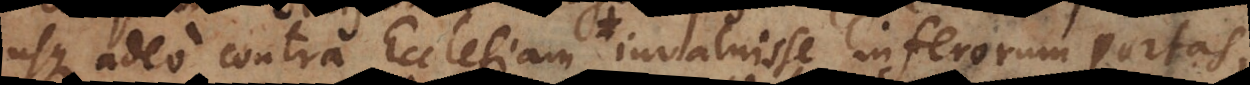
usque adeo contra Ecclesiam invaluisse inferorum portas,